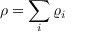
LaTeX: \rho = \sum _ { i } \varrho _ { i }